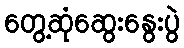
တွေ့ဆုံဆွေးနွေးပွဲ